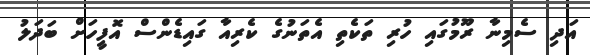
އަދި ސެމިނާ ރޫމުގައި ހުރި ތަކެތި އެތަނުގެ ކެރިއާ ގައިޑެންސް އޮފީހަށް ބަދަލު